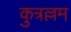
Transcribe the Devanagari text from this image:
कुत्रल्लम